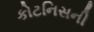
કોટનિસની